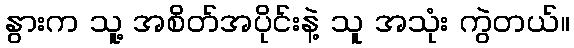
နွားက သူ့ အစိတ်အပိုင်းနဲ့ သူ အသုံး ကွဲတယ်။